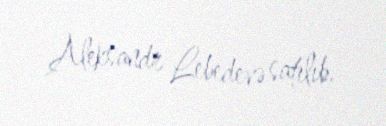
Aleksandr Lebedevə satılıb.